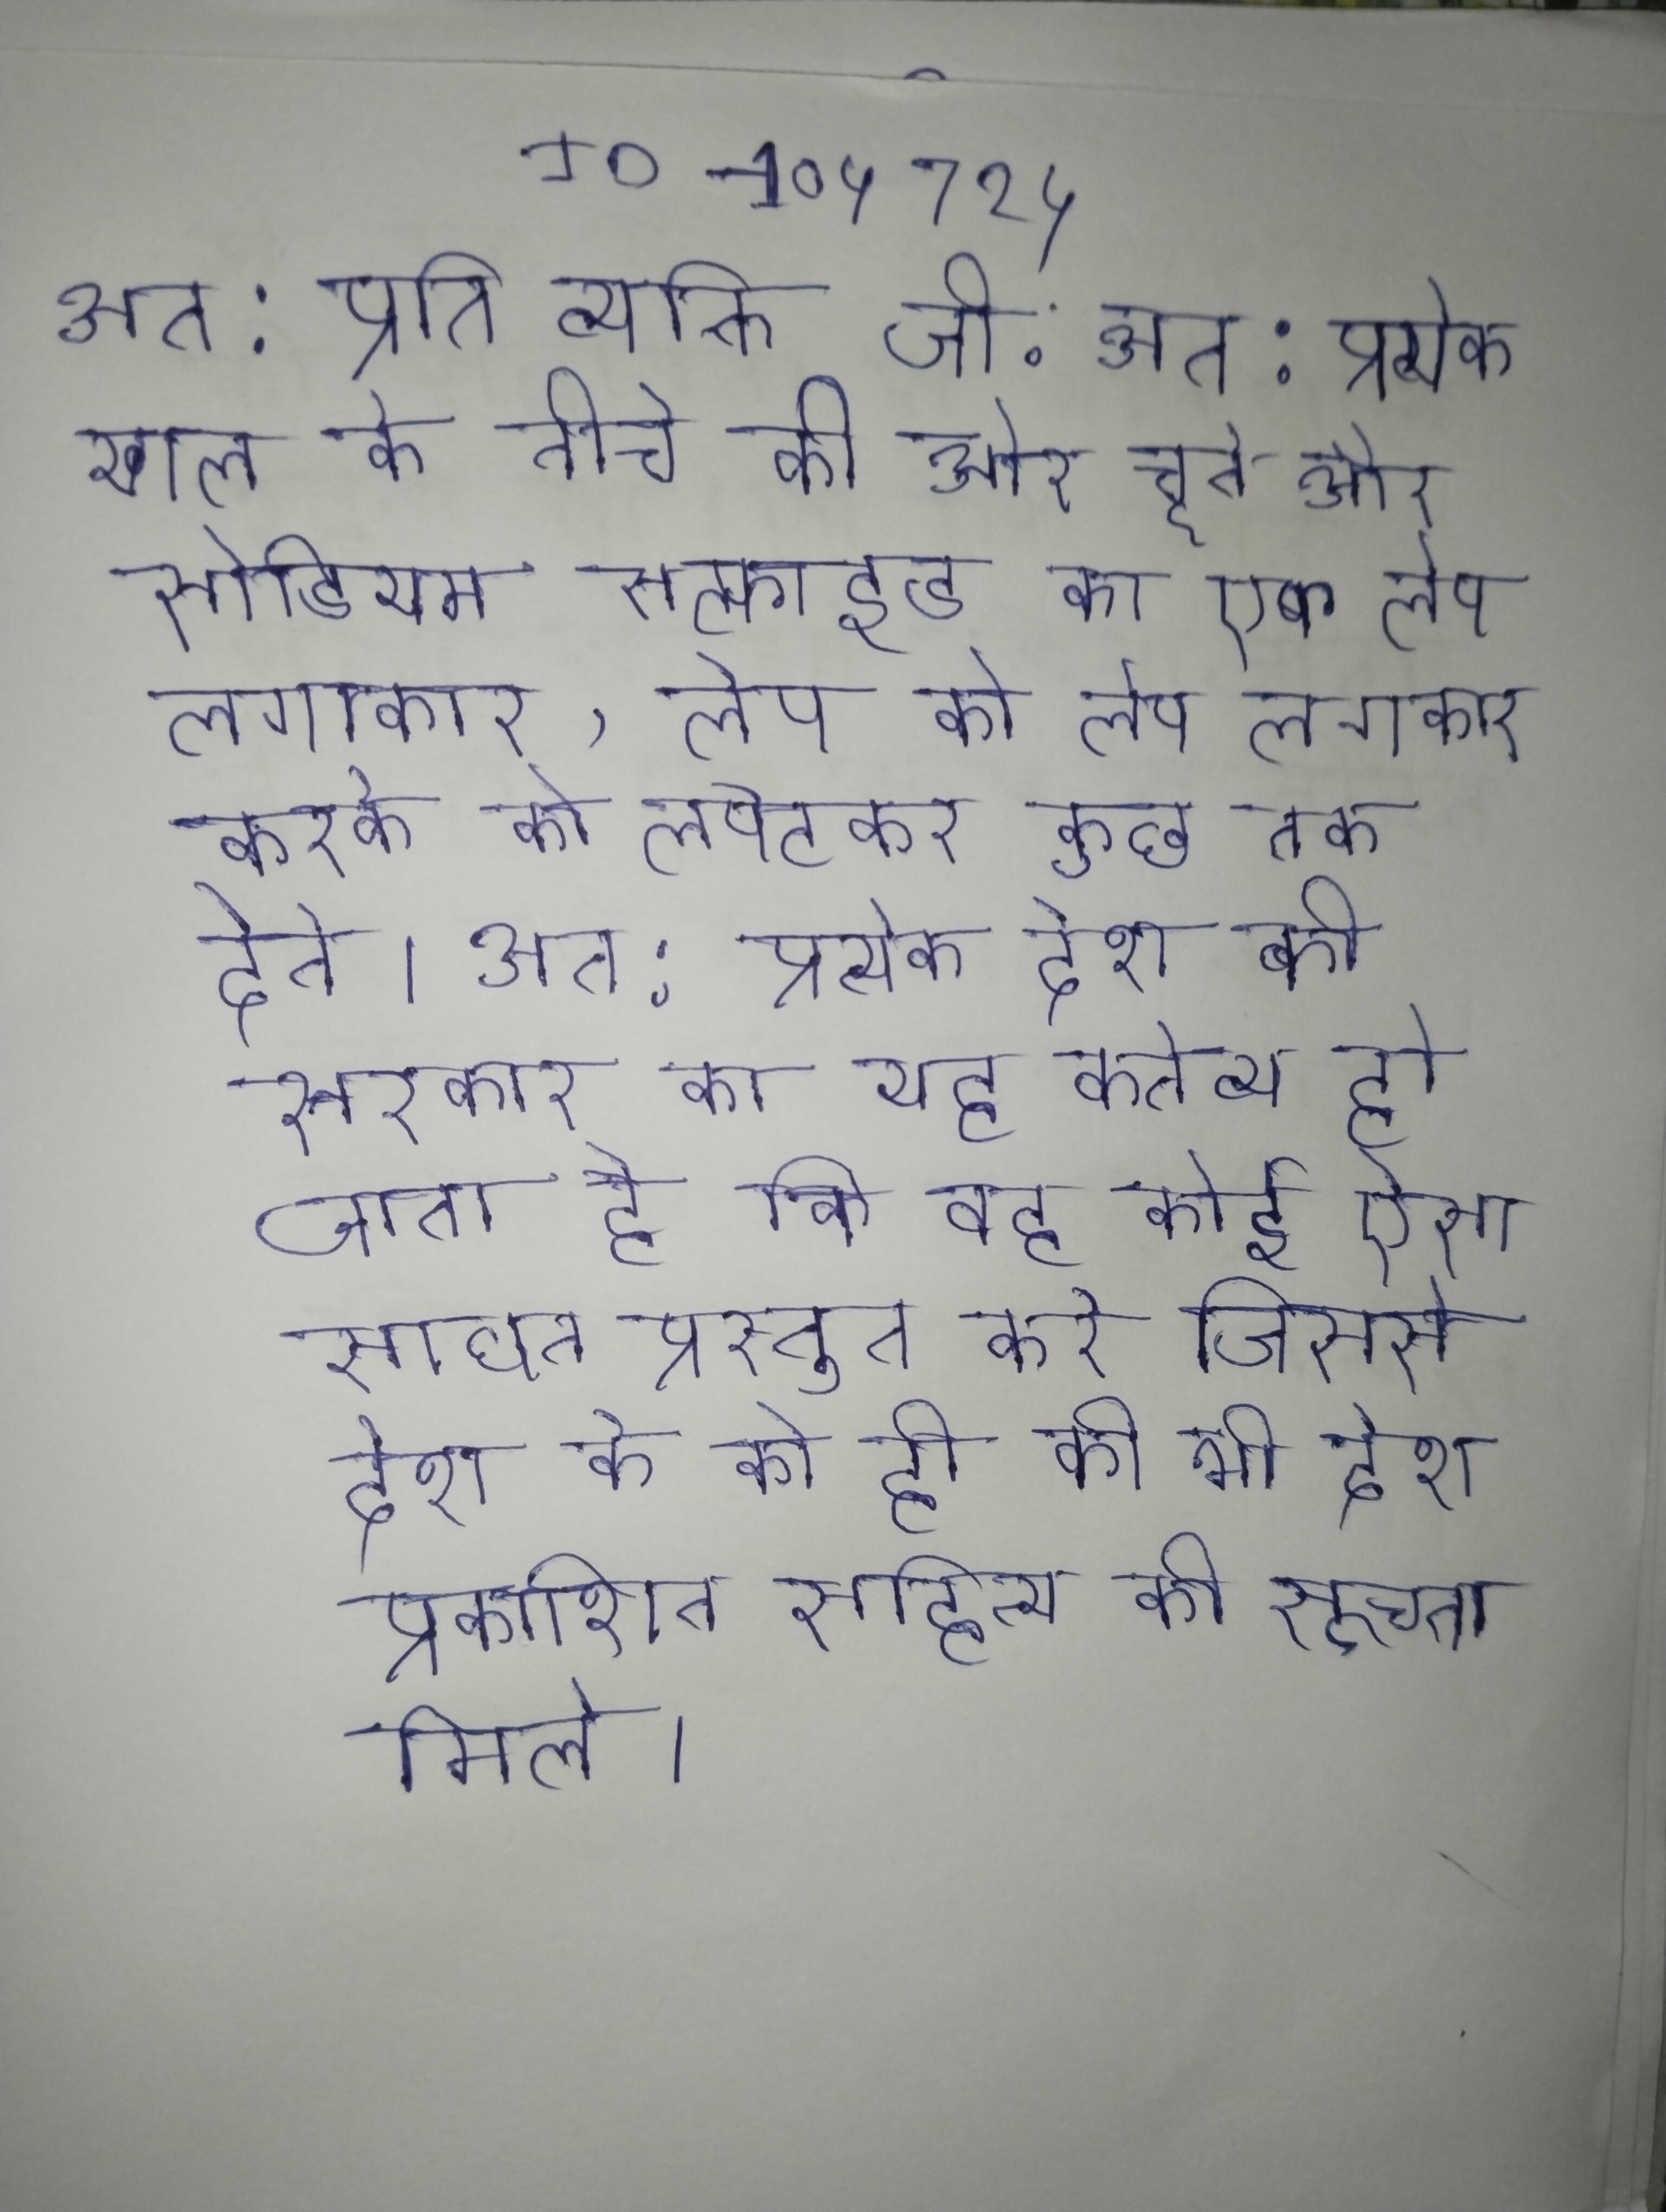
अत: प्रति व्यक्ति जी . अत: प्रत्येक खाल के नीचे की ओर चूने और सोडियम सल्फाइड का एक लेप लगाकर, लेप को करके को लपेटकर कुछ तक देते । अत: प्रत्येक देश की सरकार का यह कर्तव्य हो जाता है कि वह कोई ऐसा साधन प्रस्तुत करे जिससे देश के को ही की भी देश प्रकाशित सहित्य की सूचना मिले ।